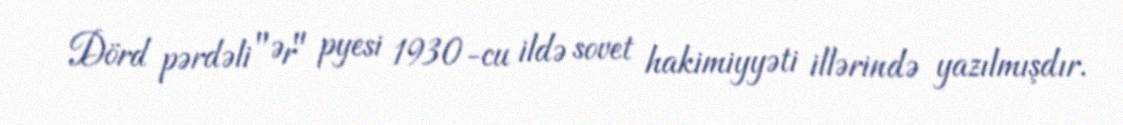
Dörd pərdəli "Ər" pyesi 1930-cu ildə sovet hakimiyyəti illərində yazılmışdır.